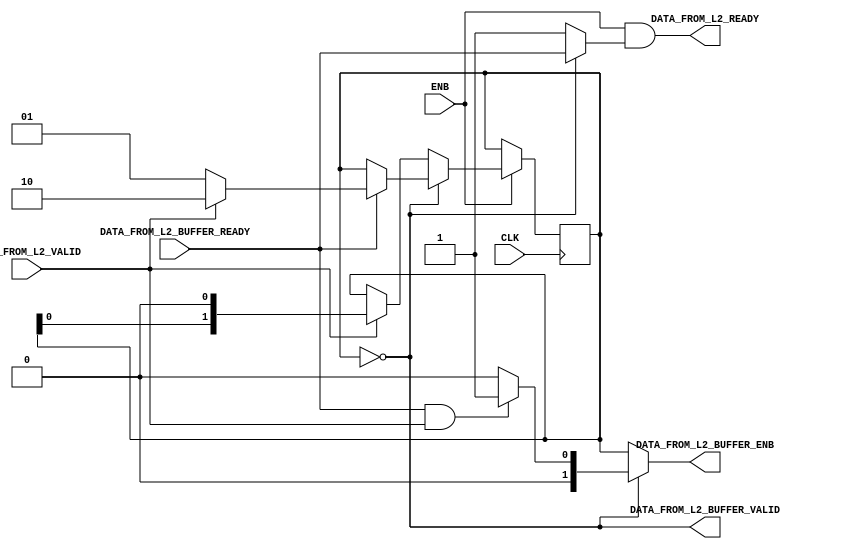
`timescale 1ns / 1ps
//////////////////////////////////////////////////////////////////////////////////
// Company: 
// Engineer: 
// 
// Design Name: 
// Module Name: Data_From_L2_Buffer_Control
// Project Name: 
// Target Devices: 
// Tool Versions: 
// Description: 
// 
// Dependencies: 
// 
// Revision:
// Revision 0.01 - File Created
// Additional Comments:
// 
//////////////////////////////////////////////////////////////////////////////////


module Data_From_L2_Buffer_Control #(
        // Primary parameters
        parameter L2_BUS_WIDTH = 64,
        parameter BUFFER_WIDTH = 128
    ) (
        input CLK,
        input ENB,
        
        input DATA_FROM_L2_VALID,
        output DATA_FROM_L2_READY,
        
        input DATA_FROM_L2_BUFFER_READY,
        output DATA_FROM_L2_BUFFER_VALID,
        
        output [(BUFFER_WIDTH / L2_BUS_WIDTH) - 1 : 0] DATA_FROM_L2_BUFFER_ENB
    );
    
    reg [(BUFFER_WIDTH / L2_BUS_WIDTH) - 1 : 0] state;
    
    assign DATA_FROM_L2_BUFFER_ENB = (state == 0)? ((DATA_FROM_L2_BUFFER_READY & DATA_FROM_L2_VALID)? 1 : 0) : state;
    assign DATA_FROM_L2_BUFFER_VALID = (state == 0);
    assign DATA_FROM_L2_READY = ENB & ((state == 0) ? DATA_FROM_L2_BUFFER_READY : 1'b1);
    
    always @(posedge CLK) begin
        if (ENB) begin
            if (state == 0) begin
                if (DATA_FROM_L2_BUFFER_READY) begin
                    if (DATA_FROM_L2_VALID)
                        state <= 2;
                    else 
                        state <= 1;    
                end             
            end else begin 
                if (DATA_FROM_L2_VALID) begin
                    state <= state << 1;
                end
            end
        end
    end
    
    initial begin
        state = 1;
    end
    
endmodule

/*
Data_From_L2_Buffer_Control #(
    .L2_BUS_WIDTH(),
    .BUFFER_WIDTH()
) data_from_L2_buffer_control (
    .CLK(CLK),
    .DATA_FROM_L2_READY(),
    .DATA_FROM_L2_VALID(),
    .DATA_FROM_L2_BUFFER_READY(),
    .DATA_FROM_L2_BUFFER_VALID(),
    .DATA_FROM_L2_BUFFER_ENB(),
    .ONGOING_QUEUE_RD_ENB()
);
*/